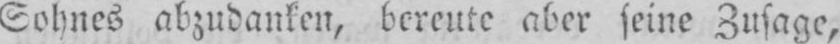
Sohnes abzudanken, bereute aber seine Zusage,